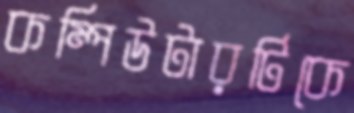
কম্পিউটারটিকে